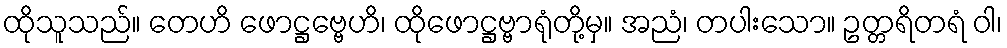
ထိုသူသည်။ တေဟိ ဖောဋ္ဌဗ္ဗေဟိ၊ ထိုဖောဋ္ဌဗ္ဗာရုံတို့မှ။ အညံ၊ တပါးသော။ ဥတ္တရိတရံ ဝါ၊